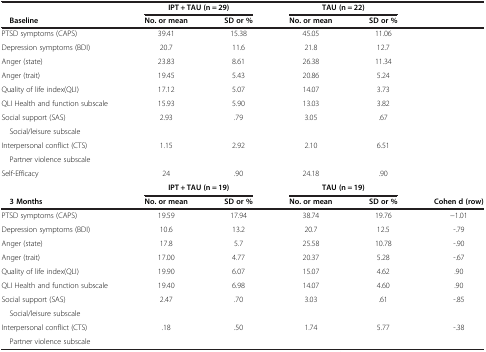
<table><thead><tr><td><b> </b></td><td colspan="2"><b>IPT + TAU (n = 29)</b></td><td colspan="2"><b>TAU (n = 22)</b></td><td><b> </b></td></tr><tr><td><b> Baseline</b></td><td><b>No. or mean</b></td><td><b>SD or %</b></td><td><b>No. or mean</b></td><td><b>SD or %</b></td><td><b> </b></td></tr></thead><tbody><tr><td>PTSD symptoms (CAPS)</td><td>39.41</td><td>15.38</td><td>45.05</td><td>11.06</td><td> </td></tr><tr><td>Depression symptoms (BDI)</td><td>20.7</td><td>11.6</td><td>21.8</td><td>12.7</td><td> </td></tr><tr><td>Anger (state)</td><td>23.83</td><td>8.61</td><td>26.38</td><td>11.34</td><td> </td></tr><tr><td>Anger (trait)</td><td>19.45</td><td>5.43</td><td>20.86</td><td>5.24</td><td> </td></tr><tr><td>Quality of life index(QLI)</td><td>17.12</td><td>5.07</td><td>14.07</td><td>3.73</td><td> </td></tr><tr><td>QLI Health and function subscale</td><td>15.93</td><td>5.90</td><td>13.03</td><td>3.82</td><td> </td></tr><tr><td>Social support (SAS)</td><td rowspan="2">2.93</td><td rowspan="2">.79</td><td rowspan="2">3.05</td><td rowspan="2">.67</td><td rowspan="2"> </td></tr><tr><td> Social/leisure subscale</td></tr><tr><td>Interpersonal conflict (CTS)</td><td rowspan="2">1.15</td><td rowspan="2">2.92</td><td rowspan="2">2.10</td><td rowspan="2">6.51</td><td rowspan="2"> </td></tr><tr><td> Partner violence subscale</td></tr><tr><td>Self-Efficacy</td><td>24</td><td>.90</td><td>24.18</td><td>.90</td><td> </td></tr><tr><td> </td><td colspan="2"><b>IPT + TAU (n = 19)</b></td><td colspan="2"><b>TAU (n = 19)</b></td><td> </td></tr><tr><td> <b>3 Months</b></td><td><b>No. or mean</b></td><td><b>SD or %</b></td><td><b>No. or mean</b></td><td><b>SD or %</b></td><td><b>Cohen d (row)</b></td></tr><tr><td>PTSD symptoms (CAPS)</td><td>19.59</td><td>17.94</td><td>38.74</td><td>19.76</td><td>−1.01</td></tr><tr><td>Depression symptoms (BDI)</td><td>10.6</td><td>13.2</td><td>20.7</td><td>12.5</td><td>-.79</td></tr><tr><td>Anger (state)</td><td>17.8</td><td>5.7</td><td>25.58</td><td>10.78</td><td>-.90</td></tr><tr><td>Anger (trait)</td><td>17.00</td><td>4.77</td><td>20.37</td><td>5.28</td><td>-.67</td></tr><tr><td>Quality of life index(QLI)</td><td>19.90</td><td>6.07</td><td>15.07</td><td>4.62</td><td>.90</td></tr><tr><td>QLI Health and function subscale</td><td>19.40</td><td>6.98</td><td>14.07</td><td>4.60</td><td>.90</td></tr><tr><td>Social support (SAS)</td><td rowspan="2">2.47</td><td rowspan="2">.70</td><td rowspan="2">3.03</td><td rowspan="2">.61</td><td rowspan="2">-.85</td></tr><tr><td> Social/leisure subscale</td></tr><tr><td>Interpersonal conflict (CTS)</td><td rowspan="2">.18</td><td rowspan="2">.50</td><td rowspan="2">1.74</td><td rowspan="2">5.77</td><td rowspan="2">-.38</td></tr><tr><td> Partner violence subscale</td></tr></tbody></table>